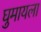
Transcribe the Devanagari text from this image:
घुमायला